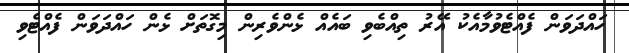
ހައްދަވަން ފެއްޓެވުމާއެކު އޭރު ތިއްބެވި ބައެއް ޅެންވެރިން މިގޮތަށް ޅެން ހައްދަވަން ފެއްޓެވި